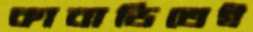
কাবাডিতেই